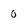
Character: 0